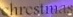
Chrestmas